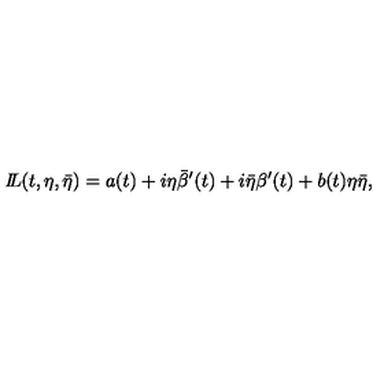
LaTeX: { I \! \! L } ( t , \eta , \bar { \eta } ) = a ( t ) + i \eta \bar { \beta } ^ { \prime } ( t ) + i \bar { \eta } \beta ^ { \prime } ( t ) + b ( t ) \eta \bar { \eta } ,